Civil Veterinary Dept. Assam report 1927-50 - 1927-1950
Year: 1927
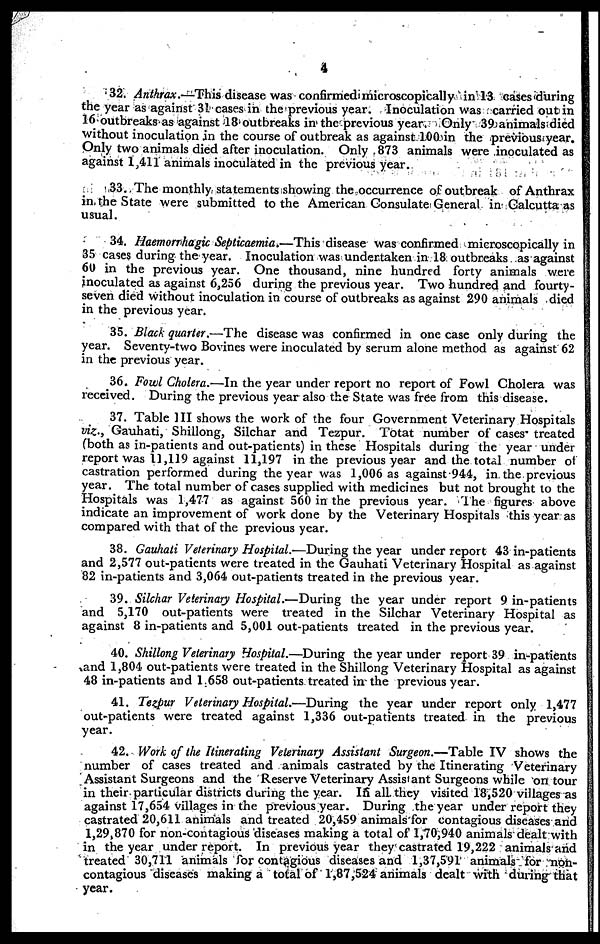
4
32. Anthrax.—This disease was confirmed microscopically in 13 cases during
the year as against 31 cases in the previous year. Inoculation was carried out in
16 outbreaks as against 18 outbreaks in the previous year. Only 39 animals died
without inoculation in the course of outbreak as against 100 in the previous year.
Only two animals died after inoculation. Only 873 animals were inoculated as
against 1,411 animals inoculated in the previous year.
33. The monthly statements showing the occurrence of outbreak of Anthrax
in the State were submitted to the American Consulate General in Calcutta as
usual.
34. Haemorrhagic Septicaemia.—This disease was confirmed microscopically in
35 cases during the year. Inoculation was undertaken in 18 outbreaks as against
60 in the previous year. One thousand, nine hundred forty animals were
inoculated as against 6,256 during the previous year. Two hundred and fourty-
seven died without inoculation in course of outbreaks as against 290 animals died
in the previous year.
35. Black quarter.—The disease was confirmed in one case only during the
year. Seventy-two Bovines were inoculated by serum alone method as against 62
in the previous year.
36. Fowl Cholera.—In the year under report no report of Fowl Cholera was
received. During the previous year also the State was free from this disease.
37. Table III shows the work of the four Government Veterinary Hospitals
viz., Gauhati, Shillong, Silchar and Tezpur. Totat number of cases treated
(both as in-patients and out-patients) in these Hospitals during the year under
report was 11,119 against 11,197 in the previous year and the total number of
castration performed during the year was 1,006 as against 944, in the previous
year. The total number of cases supplied with medicines but not brought to the
Hospitals was 1,477 as against 560 in the previous year. The figures above
indicate an improvement of work done by the Veterinary Hospitals this year as
compared with that of the previous year.
38. Gauhati Veterinary Hospital.—During the year under report 43 in-patients
and 2,577 out-patients were treated in the Gauhati Veterinary Hospital as against
82 in-patients and 3,064 out-patients treated in the previous year.
39. Silchar Veterinary Hospital.—During the year under report 9 in-patients
and 5,170 out-patients were treated in the Silchar Veterinary Hospital as
against 8 in-patients and 5,001 out patients treated in the previous year.
40. Shillong Veterinary Hospital.—During the year under report 39 in-patients
and 1,804 out-patients were treated in the Shillong Veterinary Hospital as against
48 in-patients and 1.658 out-patients treated in the previous year.
41. Tezpur Veterinary Hospital.—During the year under report only 1,477
out-patients were treated against 1,336 out-patients treated in the previous
year.
42. Work of the Itinerating Veterinary Assistant Surgeon.—Table IV shows the
number of cases treated and animals castrated by the Itinerating Veterinary
Assistant Surgeons and the Reserve Veterinary Assistant Surgeons while on tour
in their particular districts during the year. In all they visited 18,520 villages as
against 17,654 villages in the previous year. During the year under report they
castrated 20,611 animals and treated 20,459 animals for contagious diseases and
1,29,870 for non-contagious diseases making a total of 1,70,940 animals dealt with
in the year under report. In previous year they castrated 19,222 animals and
treated 30,711 animals for contagious diseases and 1,37,591 animals for non-
contagious diseases making a total of 1,87,524 animals dealt with during that
year.